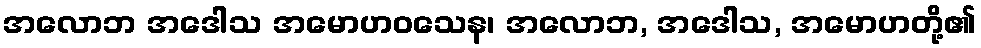
အလောဘ အဒေါသ အမောဟဝသေန၊ အလောဘ, အဒေါသ, အမောဟတို့၏